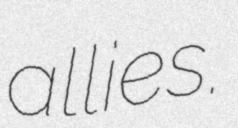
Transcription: allies.